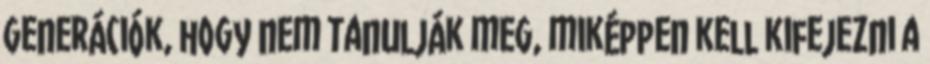
generációk, hogy nem tanulják meg, miképpen kell kifejezni a